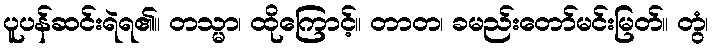
ပူပန်ဆင်းရဲရ၏။ တသ္မာ၊ ထိုကြောင့်။ တာတ၊ ခမည်းတော်မင်းမြတ်။ တွံ၊